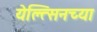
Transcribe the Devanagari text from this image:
येल्त्सिनच्या